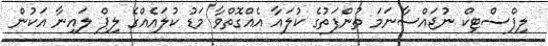
ލިޕްސްޓިކް ނުޖައްސާނަމަ ތުންފަތުގެ ކުލައާ އެއްގޮތްވާ މަޑު ކުލައެއްގެ ލިޕް ލައިނާ އަކުން